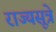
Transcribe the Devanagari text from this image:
राज्यसूत्रे